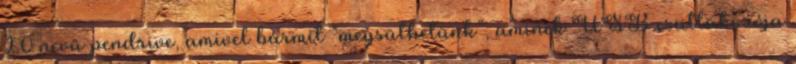
2.0 nevű pendrive, amivel bármit “megsüthetünk”, aminek USB csatlakozója